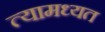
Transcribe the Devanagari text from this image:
त्यामध्यत